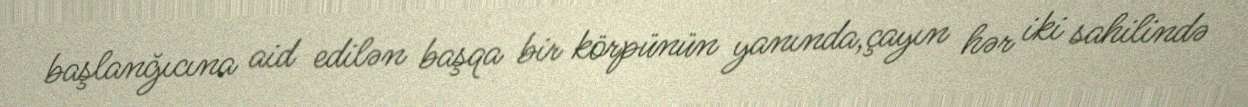
başlanğıcına aid edilən başqa bir körpünün yanında,çayın hər iki sahilində